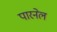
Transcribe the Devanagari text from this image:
पारनेल